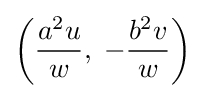
\left({\frac {a^{2}u}{w}},\;-{\frac {b^{2}v}{w}}\right)